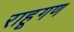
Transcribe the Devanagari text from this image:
राहूगण